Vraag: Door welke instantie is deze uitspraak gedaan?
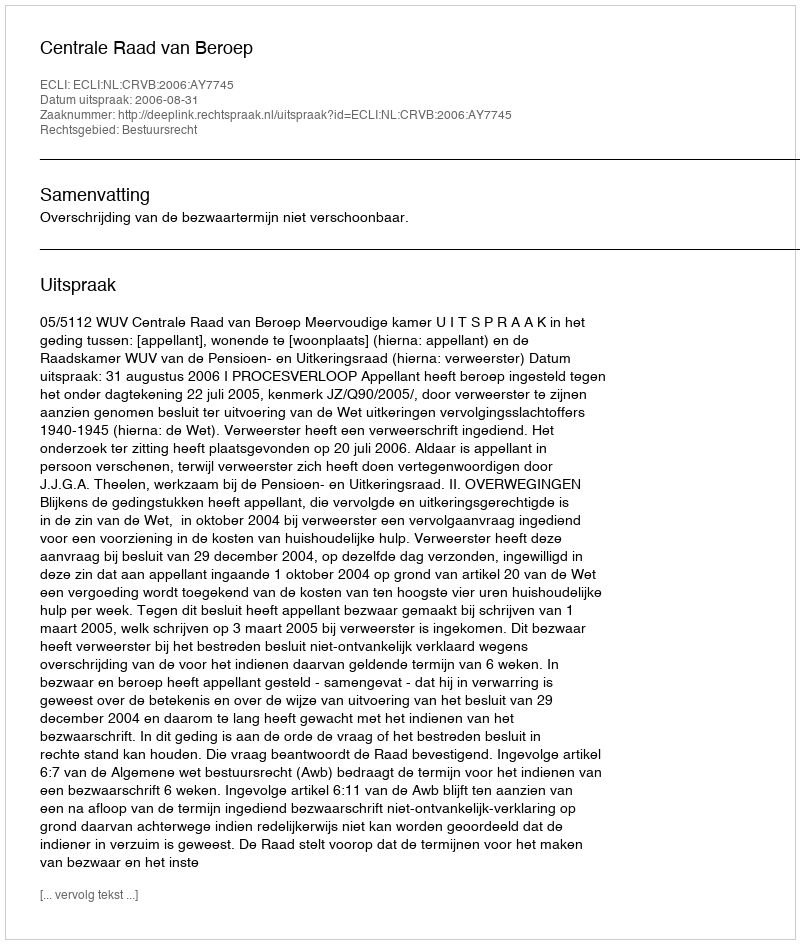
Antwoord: Centrale Raad van Beroep